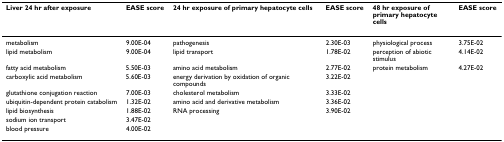
| Liver 24 hr after exposure | EASE score | 24 hr exposure of primary hepatocyte cells | EASE score | 48 hr exposure of primary hepatocyte cells | EASE score |
 | --- | --- | --- | --- | --- | --- |
 | metabolism | 9.00E-04 | pathogenesis | 2.30E-03 | physiological process | 3.75E-02 |
 | lipid metabolism | 9.00E-04 | lipid transport | 1.78E-02 | perception of abiotic stimulus | 4.14E-02 |
 | fatty acid metabolism | 5.50E-03 | amino acid metabolism | 2.77E-02 | protein metabolism | 4.27E-02 |
 | carboxylic acid metabolism | 5.60E-03 | energy derivation by oxidation of organic compounds | 3.22E-02 |  |  |
 | glutathione conjugation reaction | 7.00E-03 | cholesterol metabolism | 3.33E-02 |  |  |
 | ubiquitin-dependent protein catabolism | 1.32E-02 | amino acid and derivative metabolism | 3.36E-02 |  |  |
 | lipid biosynthesis | 1.88E-02 | RNA processing | 3.90E-02 |  |  |
 | sodium ion transport | 3.47E-02 |  |  |  |  |
 | blood pressure | 4.00E-02 |  |  |  |  |